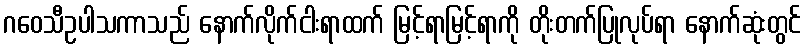
ဂဝေသီဥပါသကာသည် နောက်လိုက်ငါးရာထက် မြင့်ရာမြင့်ရာကို တိုးတက်ပြုလုပ်ရာ နောက်ဆုံးတွင်